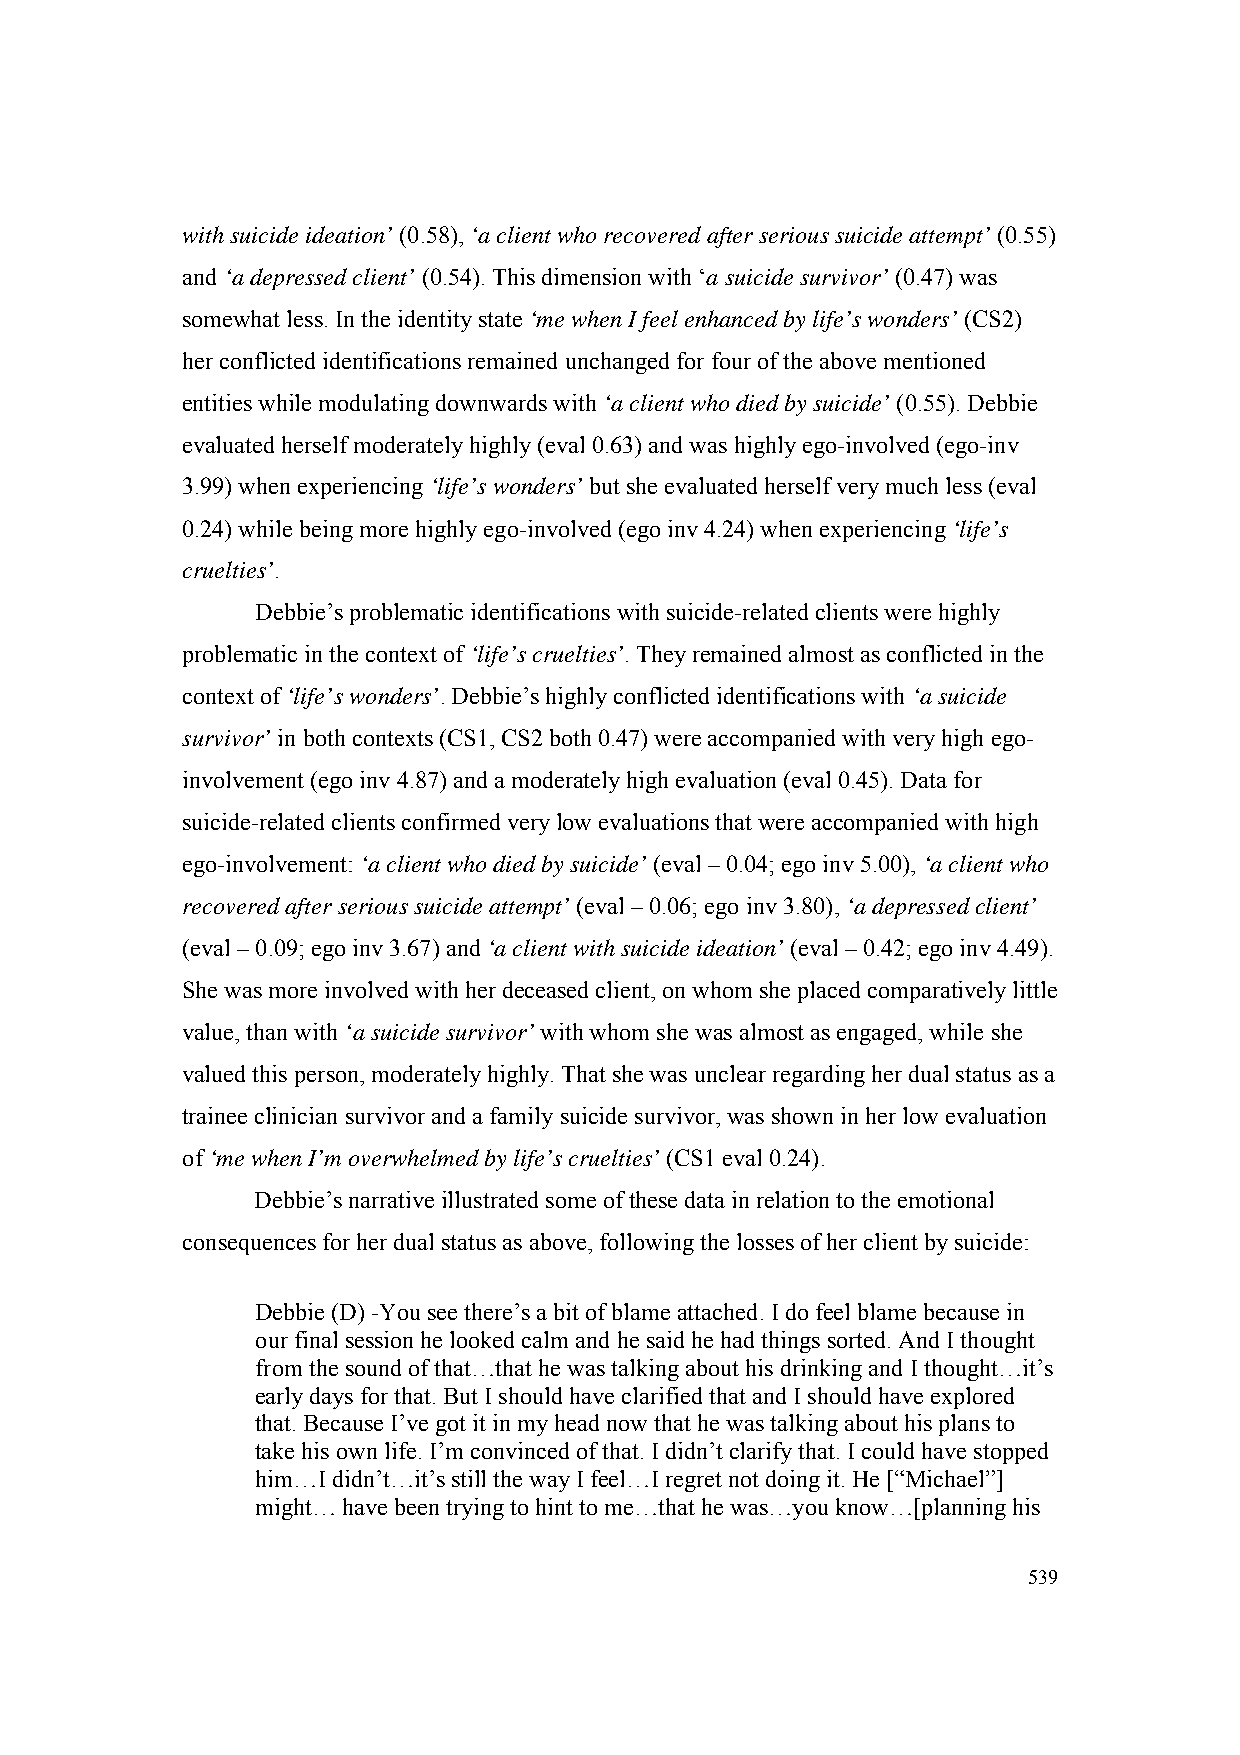
with suicide ideation’ (0.58), ‘a client who recovered after serious suicide attempt’ (0.55)
 and ‘a depressed client’ (0.54). This dimension with ‘a suicide survivor’ (0.47) was
 somewhat less. In the identity state ‘me when I feel enhanced by life’s wonders’ (CS2)
 her conflicted identifications remained unchanged for four of the above mentioned
 entities while modulating downwards with ‘a client who died by suicide’ (0.55). Debbie
 evaluated herself moderately highly (eval 0.63) and was highly ego-involved (ego-inv
 3.99) when experiencing ‘life’s wonders’ but she evaluated herself very much less (eval
 0.24) while being more highly ego-involved (ego inv 4.24) when experiencing ‘life’s
 cruelties’.
 Debbie’s problematic identifications with suicide-related clients were highly
 problematic in the context of ‘life’s cruelties’. They remained almost as conflicted in the
 context of ‘life’s wonders’. Debbie’s highly conflicted identifications with ‘a suicide
 survivor’ in both contexts (CS1, CS2 both 0.47) were accompanied with very high ego-
 involvement (ego inv 4.87) and a moderately high evaluation (eval 0.45). Data for
 suicide-related clients confirmed very low evaluations that were accompanied with high
 ego-involvement: ‘a client who died by suicide’ (eval – 0.04; ego inv 5.00), ‘a client who
 recovered after serious suicide attempt’ (eval – 0.06; ego inv 3.80), ‘a depressed client’
 (eval – 0.09; ego inv 3.67) and ‘a client with suicide ideation’ (eval – 0.42; ego inv 4.49).
 She was more involved with her deceased client, on whom she placed comparatively little
 value, than with ‘a suicide survivor’ with whom she was almost as engaged, while she
 valued this person, moderately highly. That she was unclear regarding her dual status as a
 trainee clinician survivor and a family suicide survivor, was shown in her low evaluation
 of ‘me when I’m overwhelmed by life’s cruelties’ (CS1 eval 0.24).
 Debbie’s narrative illustrated some of these data in relation to the emotional
 consequences for her dual status as above, following the losses of her client by suicide:
 Debbie (D) -You see there’s a bit of blame attached. I do feel blame because in
 our final session he looked calm and he said he had things sorted. And I thought
 from the sound of that…that he was talking about his drinking and I thought…it’s
 early days for that. But I should have clarified that and I should have explored
 that. Because I’ve got it in my head now that he was talking about his plans to
 take his own life. I’m convinced of that. I didn’t clarify that. I could have stopped
 him…I didn’t…it’s still the way I feel…I regret not doing it. He [“Michael”]
 might… have been trying to hint to me…that he was…you know…[planning his
 539